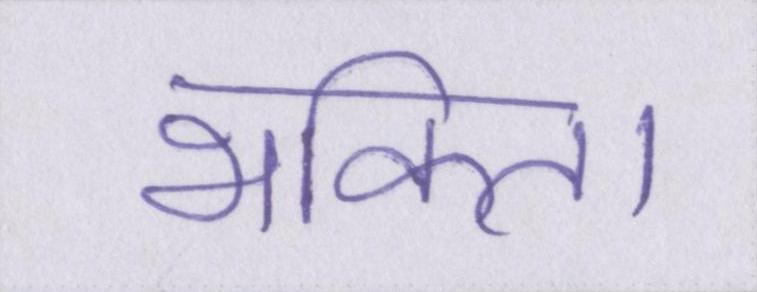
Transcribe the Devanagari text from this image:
भक्ति।